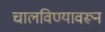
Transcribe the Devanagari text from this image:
चालविण्यावरून